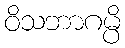
ဝိသဘာဂမ္ပိ